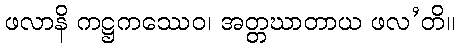
ဖလာနိ ကဋ္ဌကဿေဝ၊ အတ္တဃာတာယ ဖလ’တိ။